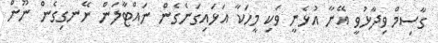
ގާސިމް ވިދާޅުވީ އޭނާ އުޅެނީ ވަކި މީހަކާ އަޅައިގަނެގެން ނައްޓާލަން ނޭނގިގެން ނޫން